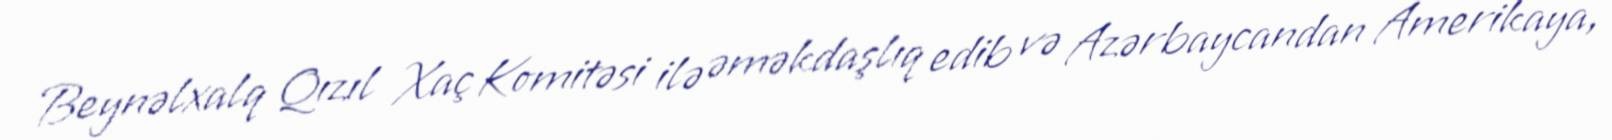
Beynəlxalq Qızıl Xaç Komitəsi ilə əməkdaşlıq edib və Azərbaycandan Amerikaya,